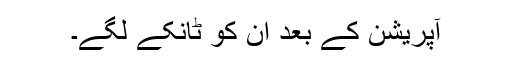
آپریشن کے بعد ان کو ٹانکے لگے۔